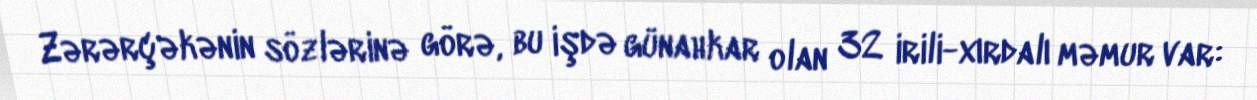
Zərərçəkənin sözlərinə görə, bu işdə günahkar olan 32 irili-xırdalı məmur var: